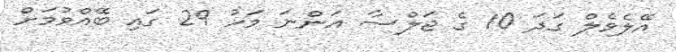
އޭލެވެލް ގަދަ 10 ގެ ޖަލްސާ އަންނަ މަހު 29 ގައި ބޭއްވުމަށް